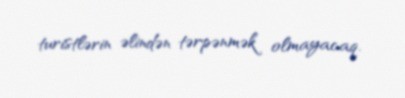
turistlərin əlindən tərpənmək olmayacaq.